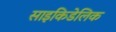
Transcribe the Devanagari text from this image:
साइकिडेलिक